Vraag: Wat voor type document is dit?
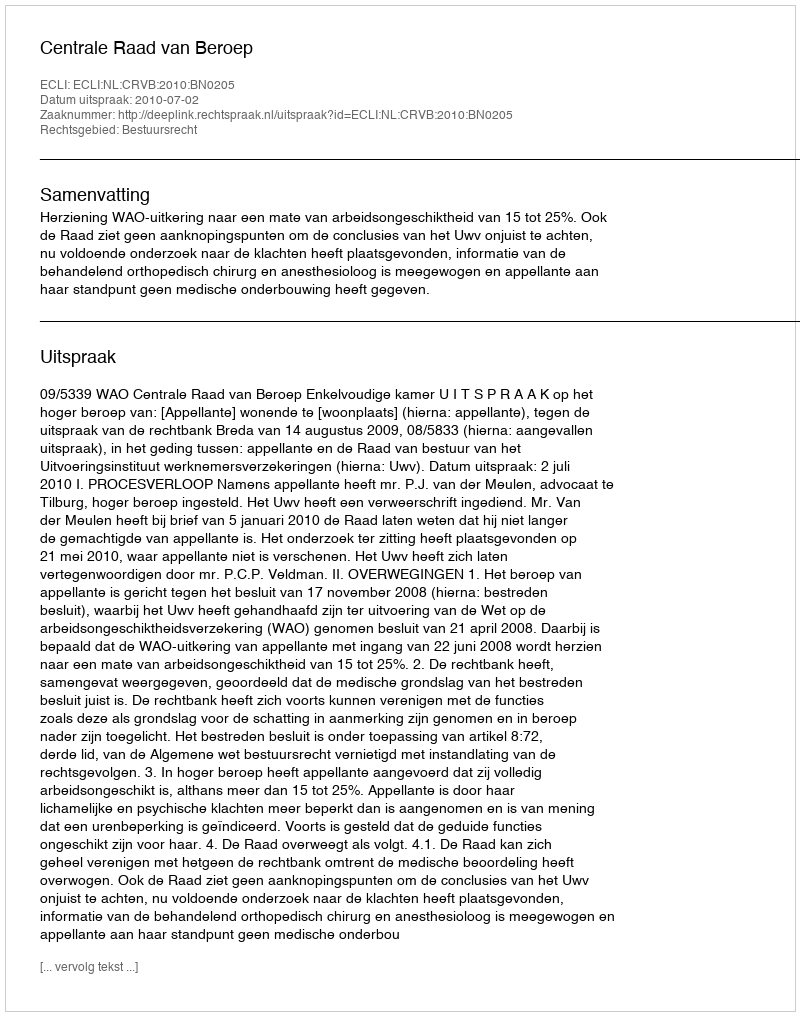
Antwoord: Uitspraak